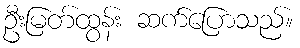
ဦးမြတ်ထွန်း ဆက်ပြောသည်။